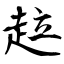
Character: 趇